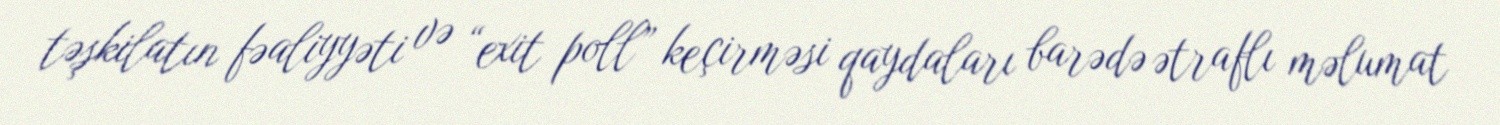
təşkilatın fəaliyyəti və “exit poll” keçirməsi qaydaları barədə ətraflı məlumat